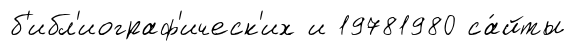
б'ибл'иограф'ическ'их и 19781980 са́йты